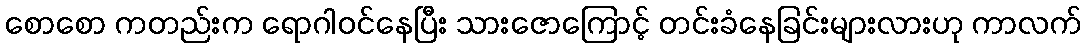
စောစော ကတည်းက ရောဂါဝင်နေပြီး သားဇောကြောင့် တင်းခံနေခြင်းများလားဟု ကာလက်